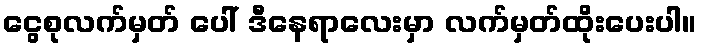
ငွေစုလက်မှတ် ပေါ် ဒီနေရာလေးမှာ လက်မှတ်ထိုးပေးပါ။